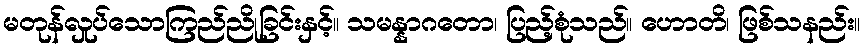
မတုန်လှုပ်သောကြည်ညိုခြင်းနှင့်။ သမန္နာဂတော၊ ပြည့်စုံသည်။ ဟောတိ၊ ဖြစ်သနည်း။